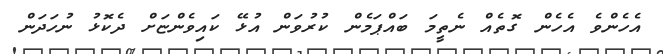
އެހެންވެ އެހެން ގޮތެއް ނެތީމަ ބައްޕަމެން ކުރުވަން އުޅޭ ކައިވެންޏަށް ދެކޮޅު ނުހަދަން